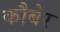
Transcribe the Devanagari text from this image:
कौबेर